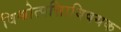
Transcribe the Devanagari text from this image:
विश्वोत्पत्तिाविषयक